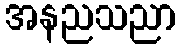
အနညသညာ